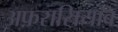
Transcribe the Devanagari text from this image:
अफ़रासियाब